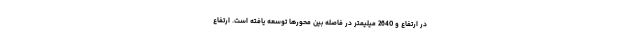
در ارتفاع و 2640 میلیمتر در فاصله بین محورها توسعه یافته است. ارتفاع